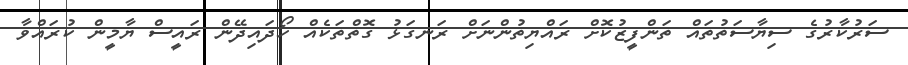
ސަރުކާރުގެ ސިޔާސަތުތައް ތަންފީޒުކޮށް ރައްޔިތުންނަށް ރަނގަޅު ގޮތްތަކެއް ހޯދައިދޭން ރައީސް ޔާމީން ކުރައްވާ